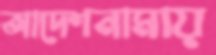
আদেশনামায়